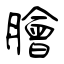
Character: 膾